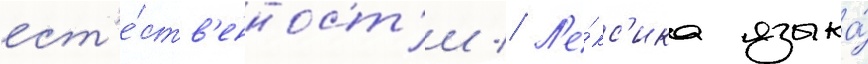
ест'е́ств'енност'и // Л'е́кс'ика языка́